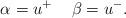
LaTeX: \begin{align*}\alpha = u^{+} \hspace{0.5cm} \beta = u^{-} .\end{align*}